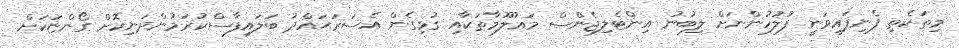
މިތަކެތި ފެނިފައިވަނީ ފުލުހުންނަށް ލިބުނު އިންޓެލިޖެންސް މަޢުލޫމާތަކާއި ގުޅިގެން އެސަރަޙައްދު ބަލައިފާސްކުރަމުންދަނިކޮށް ގޯންޏަކަށް